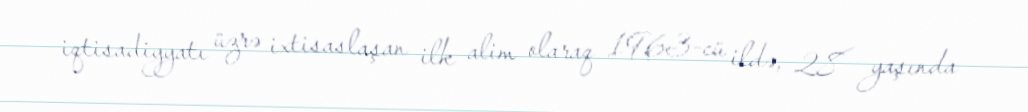
iqtisadiyyatı üzrə ixtisaslaşan ilk alim olaraq 1963-cü ildə, 28 yaşında